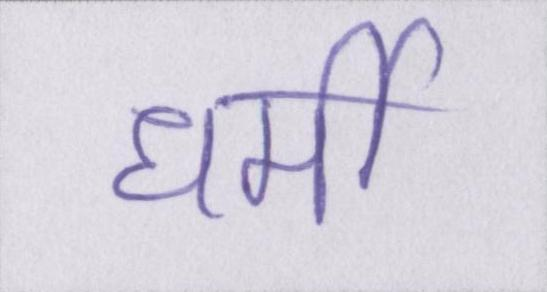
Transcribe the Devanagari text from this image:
धर्मी